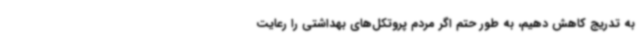
به تدریج کاهش دهیم، به طور حتم اگر مردم پروتکل‌های بهداشتی را رعایت